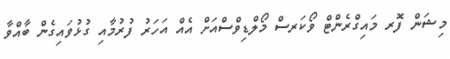
މިޝަން ފޮރ މައިގްރެންޓް ވޯކަރސް މޯލްޑިވްސްއަށް އެއް އަހަރު ފުރުމާއި ގުޅުވައިގެން ބާއްވާ